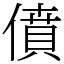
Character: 僨